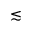
\lesssim